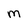
Character: M